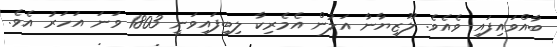
ބާއްވައިފައި ވެއެވެ. ލޫޒިޔާނާ އަލުން އެމެރިކާ ލިބިފައިވަނީ 1803 ވަނަ އަހަރު އެވެ.